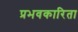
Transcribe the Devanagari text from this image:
प्रभवकारिता